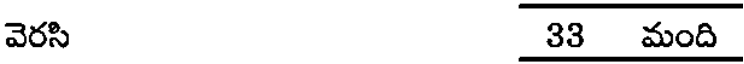
వెరసి 33 మంది